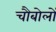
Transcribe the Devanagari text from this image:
चौबोलों